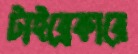
টাইব্রেকারে